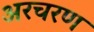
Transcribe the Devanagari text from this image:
अरचरण